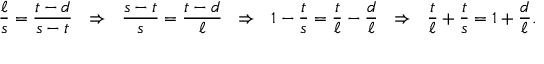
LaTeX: { \frac { \ell } { s } } = { \frac { t - d } { s - t } } \ \ \Rightarrow \ \ { \frac { s - t } { s } } = { \frac { t - d } { \ell } } \ \ \Rightarrow \ \ 1 - { \frac { t } { s } } = { \frac { t } { \ell } } - { \frac { d } { \ell } } \ \ \Rightarrow \ \ { \frac { t } { \ell } } + { \frac { t } { s } } = 1 + { \frac { d } { \ell } } .